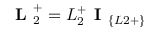
\textbf { L } _ { 2 } ^ { + } = L _ { 2 } ^ { + } \textbf { I } _ { \{ L 2 + \} }